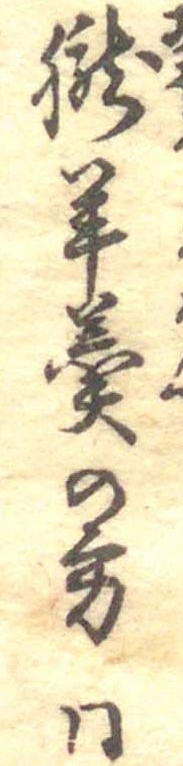
朧羊羹の方同